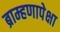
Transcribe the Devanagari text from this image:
ब्राम्हणापेक्षा